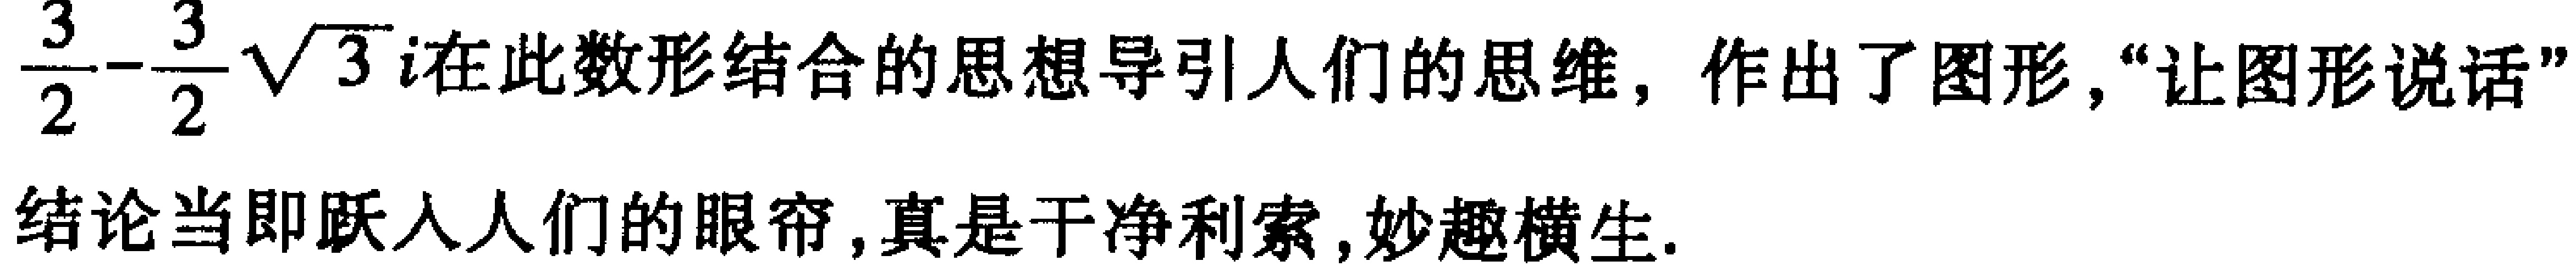
$\frac{3}{2}-\frac{3}{2}\sqrt{3}i在此数形结合的思想导引人们的思维，作出了图形,“让图形说话”\\结论当即跃入人们的眼帘,真是干净利索,妙趣横生.$